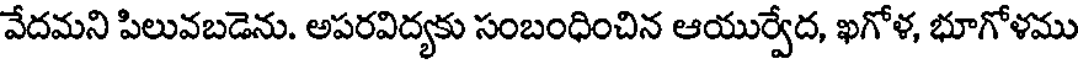
వేదమని పిలువబడెను. అపరవిద్యకు సంబంధించిన ఆయుర్వేద, ఖగోళ, భూగోళము